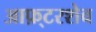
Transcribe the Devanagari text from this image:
आफ़्टरशेव